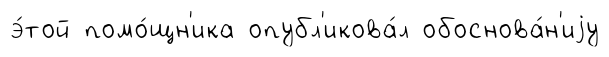
э́той помо́щн'ика опубл'икова́л обоснова́н'иjу